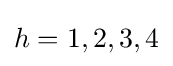
{h=1,2,3,4}